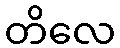
တိလေ